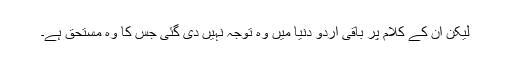
لیکن ان کے کلام پر باقی اردو دنیا میں وہ توجہ نہیں دی گئی جس کا وہ مستحق ہے۔